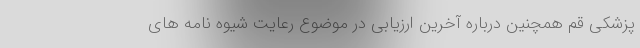
پزشکی قم همچنین درباره آخرین ارزیابی در موضوع رعایت شیوه نامه های